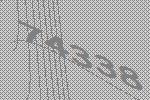
74338